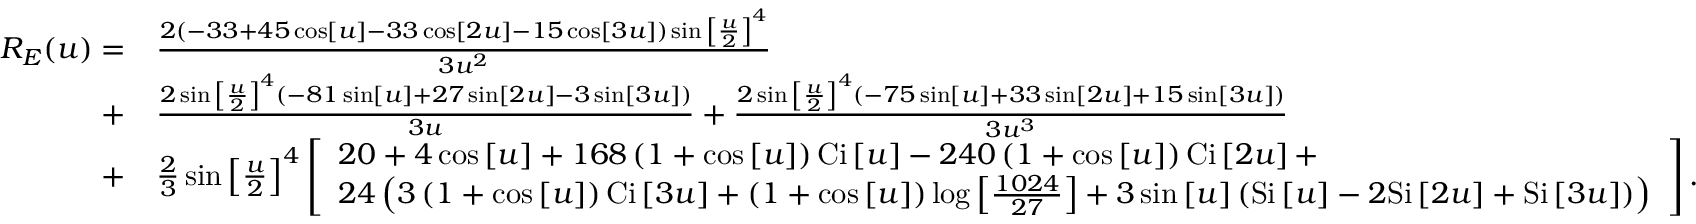
\begin{array} { r l } { { R _ { E } } ( u ) = } & { \frac { { 2 \left( { - 3 3 + 4 5 \cos \left[ u \right] - 3 3 \cos \left[ { 2 u } \right] - 1 5 \cos \left[ { 3 u } \right] } \right) \sin { { \left[ { \frac { u } { 2 } } \right] } ^ { 4 } } } } { { 3 { u ^ { 2 } } } } } \\ { + } & { \frac { { 2 \sin { { \left[ { \frac { u } { 2 } } \right] } ^ { 4 } } \left( { - 8 1 \sin \left[ u \right] + 2 7 \sin \left[ { 2 u } \right] - 3 \sin \left[ { 3 u } \right] } \right) } } { { 3 u } } + \frac { { 2 \sin { { \left[ { \frac { u } { 2 } } \right] } ^ { 4 } } \left( { - 7 5 \sin \left[ u \right] + 3 3 \sin \left[ { 2 u } \right] + 1 5 \sin \left[ { 3 u } \right] } \right) } } { { 3 { u ^ { 3 } } } } } \\ { + } & { \frac { 2 } { 3 } \sin { \left[ { \frac { u } { 2 } } \right] ^ { 4 } } \left[ \begin{array} { l } { 2 0 + 4 \cos \left[ u \right] + 1 6 8 \left( { 1 + \cos \left[ u \right] } \right) \mathrm { { C i } } \left[ u \right] - 2 4 0 \left( { 1 + \cos \left[ u \right] } \right) { \mathrm { C i } } \left[ { 2 u } \right] + } \\ { 2 4 \left( { 3 \left( { 1 + \cos \left[ u \right] } \right) \mathrm { { C i } } \left[ { 3 u } \right] + \left( { 1 + \cos \left[ u \right] } \right) \log \left[ { \frac { { 1 0 2 4 } } { { 2 7 } } } \right] + 3 \sin \left[ u \right] \left( { { \mathrm { S i } } \left[ u \right] - 2 \mathrm { { S i } } \left[ { 2 u } \right] + { \mathrm { S i } } \left[ { 3 u } \right] } \right) } \right) } \end{array} \right] . } \end{array}